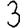
Digit: 3